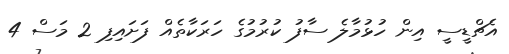
އެޗްޑީސީ އިން ހުޅުމާލެ ސާފު ކުރުމުގެ ހަރަކާތެއް ފަށައިފި 2 މަސް 4